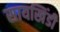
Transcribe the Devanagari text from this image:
सायखिंडी